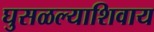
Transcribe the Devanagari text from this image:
घुसळल्याशिवाय